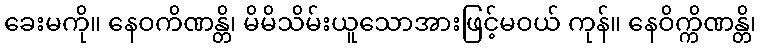
ခေးမကို။ နေဝကိဏန္တိ၊ မိမိသိမ်းယူသောအားဖြင့်မဝယ် ကုန်။ နေဝိက္ကိဏန္တိ၊